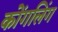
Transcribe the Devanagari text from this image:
कोंगलिंग